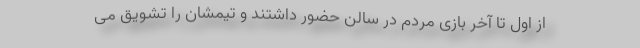
از اول تا آخر بازی مردم در سالن حضور داشتند و تیمشان را تشویق می‌